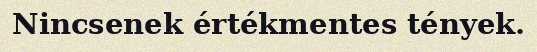
Nincsenek értékmentes tények.